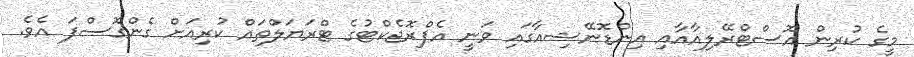
މީގެ ކުރިން އޮސްޓްރޭލިއާއާއި އިންޑޮނޭޝިއާގައި ވަނީ އެޕްރޮޖެކްޓުގެ ޓްރަޔަލްތައް ކުރިއަށް ގެންގޮސްފަ އެވެ.